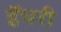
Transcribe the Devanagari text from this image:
हॅचरी